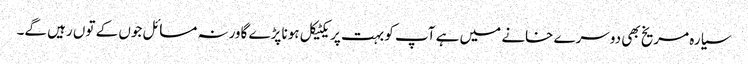
سیارہ مریخ بھی دوسرے خانے میں ہے آپ کو بہت پریکٹیکل ہونا پڑے گاورنہ مسائل جوں کے توں رہیں گے۔